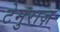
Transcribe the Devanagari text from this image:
टेमुराज़